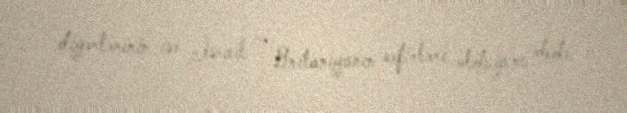
digərlərinin isə İsrail və Britaniyanın səfirləri olduğunu dedi.